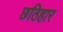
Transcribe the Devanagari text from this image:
छठिहार